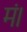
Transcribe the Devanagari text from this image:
मं।